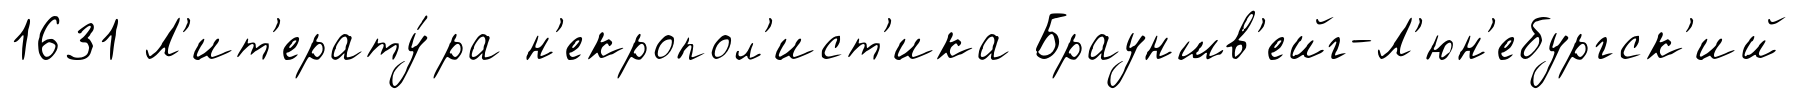
1631 Л'ит'ерату́ра н'екропол'ист'ика Брауншв'ейг-Л'юн'ебургск'ий